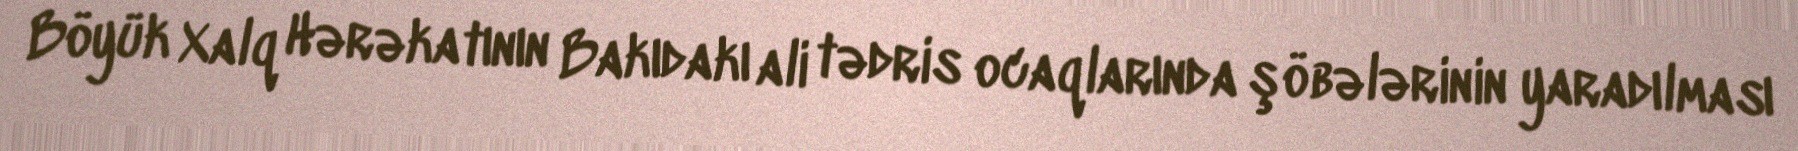
Böyük Xalq Hərəkatının Bakıdakı ali tədris ocaqlarında şöbələrinin yaradılması